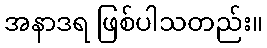
အနာဒရ ဖြစ်ပါသတည်း။